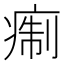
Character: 痸